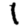
Digit: 1